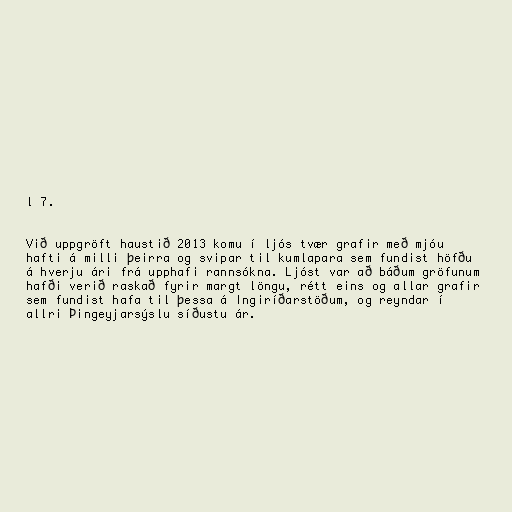
l 7.

Við uppgröft haustið 2013 komu í ljós tvær grafir með mjóu
hafti á milli þeirra og svipar til kumlapara sem fundist höfðu
á hverju ári frá upphafi rannsókna. Ljóst var að báðum gröfunum
hafði verið raskað fyrir margt löngu, rétt eins og allar grafir
sem fundist hafa til þessa á Ingiríðarstöðum, og reyndar í
allri Þingeyjarsýslu síðustu ár.